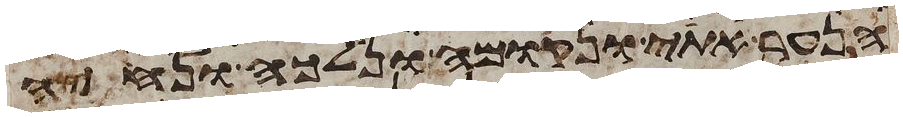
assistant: הנער אתי ונקומה ונלכה ונחיה